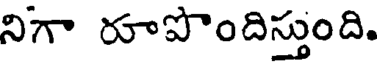
నిగా రూపొందిస్తుంది.